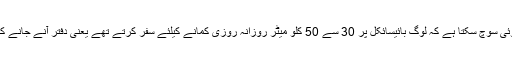
کیا کوئی سوچ سکتا ہے کہ لوگ بائیسائکل پر 30 سے 50 کلو میٹر روزانہ روزی کمانے کیلئے سفر کرتے تھے یعنی دفتر آنے جانے کیلئے ۔